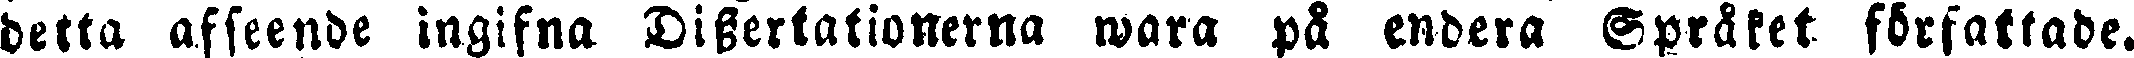
detta afseende ingifna Dissertationerna wara på endera Språket författade.